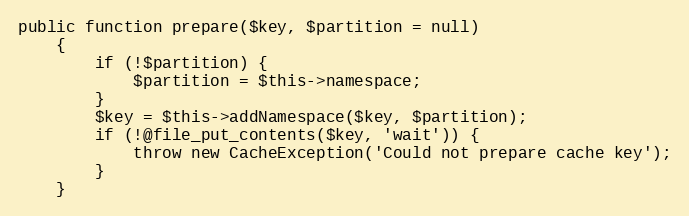
Language: PHP
public function prepare($key, $partition = null)
    {
        if (!$partition) {
            $partition = $this->namespace;
        }
        $key = $this->addNamespace($key, $partition);
        if (!@file_put_contents($key, 'wait')) {
            throw new CacheException('Could not prepare cache key');
        }
    }